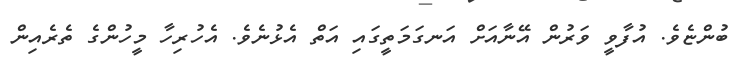
ބުންޏެވެ. އުފާވީ ވަރުން އޭނާއަށް އަނގަމަތީގައި އަތް އެޅުނެވެ. އެހުރިހާ މީހުންގެ ތެރެއިން